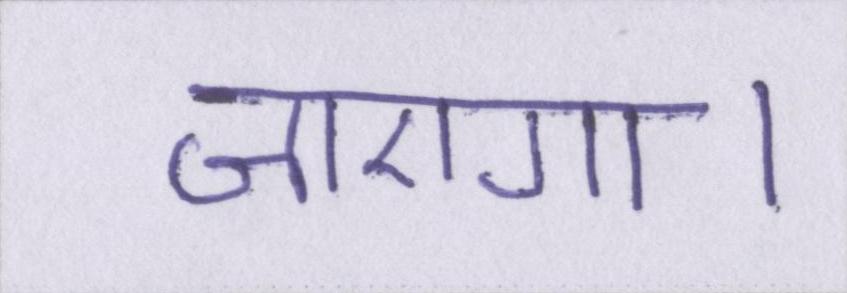
जाएगा।